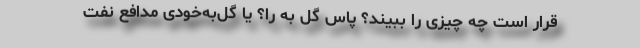
قرار است چه چیزی را ببیند؟ پاس گل به را؟ یا گل‌به‌‌خودی مدافع نفت